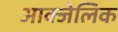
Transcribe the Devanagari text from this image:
आक्जेलिक